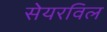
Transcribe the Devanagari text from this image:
सेयरविल